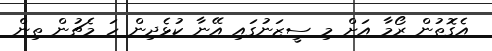
އެގޮތުން ރޯމާ އަށް މި ސީޒަނުގައި އޭނާ ކުޅެދިން ހަ މެޗުން ތިން